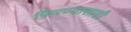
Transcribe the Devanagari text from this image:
फ़िरण्यासाठी